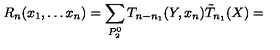
R _ { n } ( x _ { 1 } , \ldots x _ { n } ) = \sum _ { P _ { 2 } ^ { 0 } } T _ { n - n _ { 1 } } ( Y , x _ { n } ) \tilde { T } _ { n _ { 1 } } ( X ) =